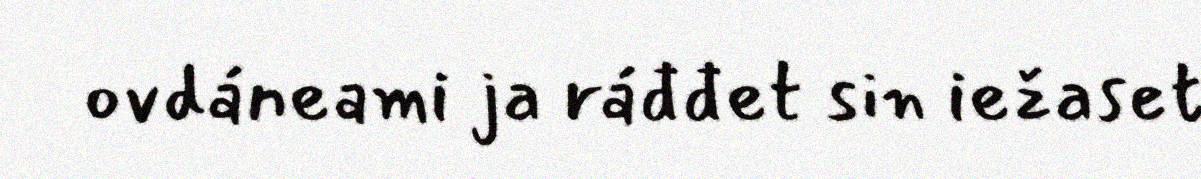
ovdáneami ja ráđđet sin iežaset